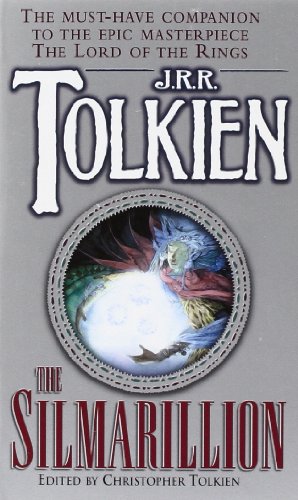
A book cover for The Silmarillion; J.R.R. Tolkien; Science Fiction & Fantasy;